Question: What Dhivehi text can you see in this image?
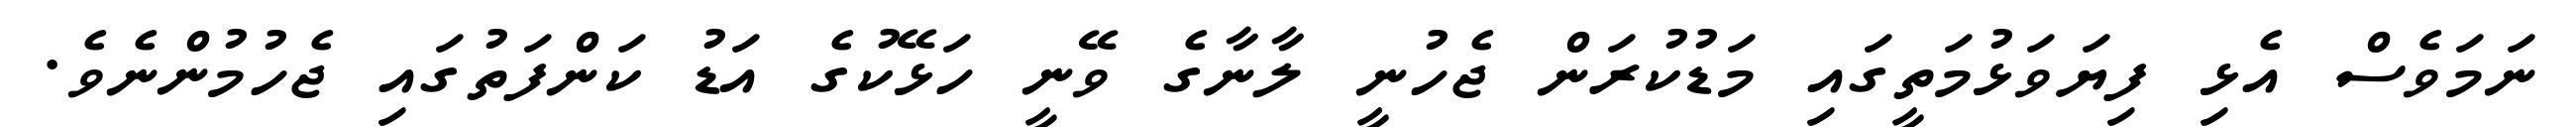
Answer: ނަމަވެސް އެޅި ފިޔަވަޅުމަތީގައި މަޑުކުރަން ޖެހުނީ ލާނާގެ ވޭނީ ހަޅޭކުގެ އަޑު ކަންފަތުގައި ޖެހުމުންނެވެ.